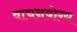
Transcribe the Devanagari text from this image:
वाचनयोग्य